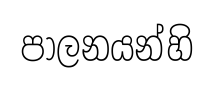
පාලනයන්හි